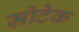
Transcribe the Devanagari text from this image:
म्रोटेक